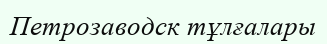
Петрозаводск тұлғалары